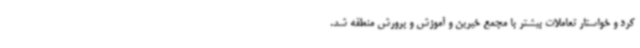
کرد و خواستار تعاملات بیشتر با مجمع خیرین و آموزش و پرورش منطقه شد.